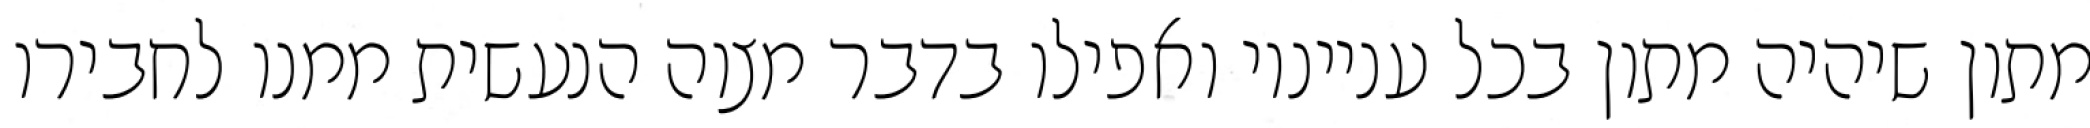
מתון שיהיה מתון בכל ענייניו ואפילו בדבר מצוה הנעשית ממנו לחבירו